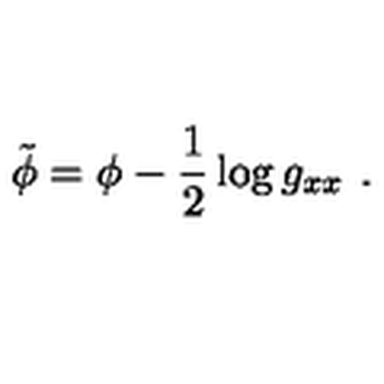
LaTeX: \tilde { \phi } = \phi - { \frac { 1 } { 2 } } \log g _ { x x } \ .